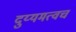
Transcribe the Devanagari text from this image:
दुय्यमत्वच